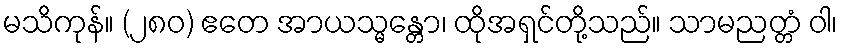
မသိကုန်။ (၂၈၀) ဧတေ အာယသ္မန္တော၊ ထိုအရှင်တို့သည်။ သာမညတ္တံ ဝါ၊